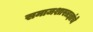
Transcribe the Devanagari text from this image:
समाजशास्त्रज्ञांचे